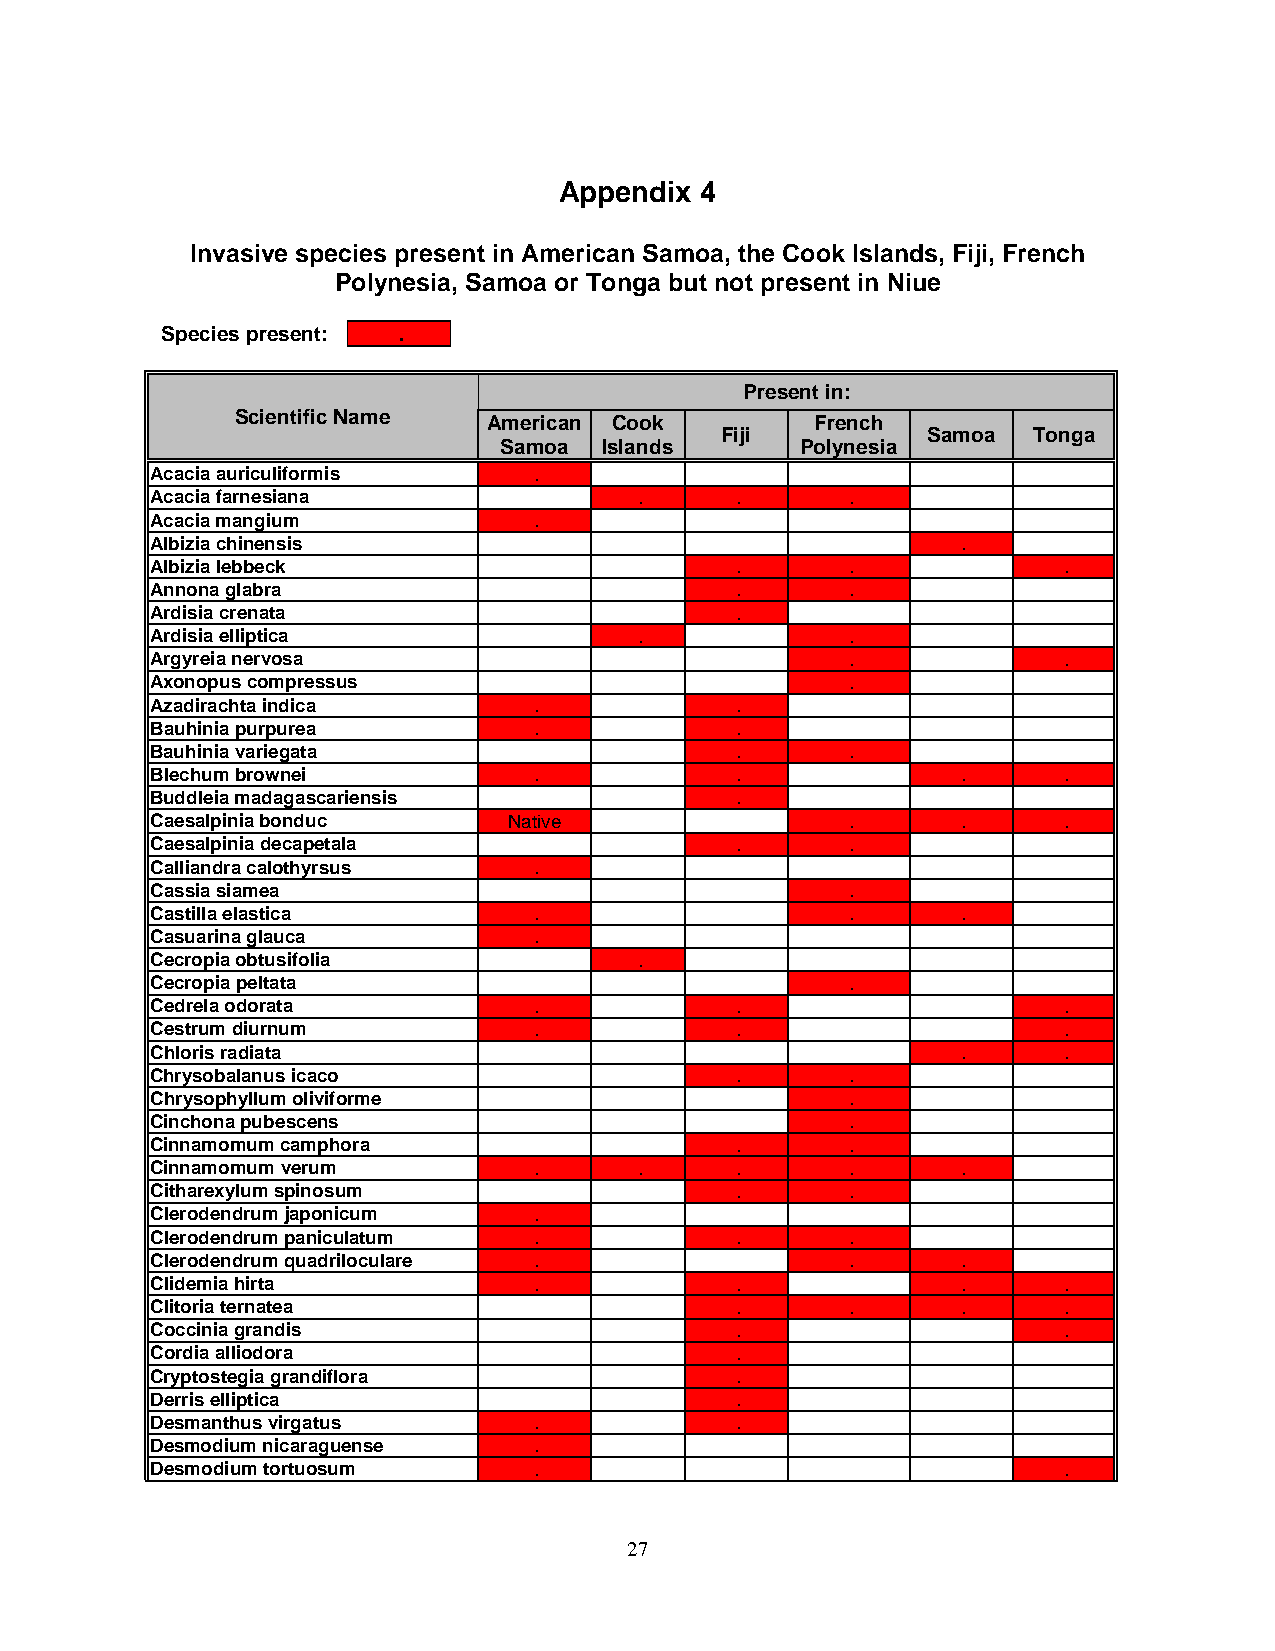
Appendix 4
 Invasive species present in American Samoa, the Cook Islands, Fiji, French
 Polynesia, Samoa or Tonga but not present in Niue
 Species present: .
 Present in:
 Scientific Name American Cook         French
 Fiji         Samoa  Tonga
 Samoa  Islands      Polynesia
 Acacia auriculiformis    .
 Acacia farnesiana               .      .      .
 Acacia mangium           .
 Albizia chinensis                                     .
 Albizia lebbeck                        .      .             .
 Annona glabra                          .      .
 Ardisia crenata                        .
 Ardisia elliptica               .             .
 Argyreia nervosa                              .             .
 Axonopus compressus                           .
 Azadirachta indica       .             .
 Bauhinia purpurea        .             .
 Bauhinia variegata                     .      .
 Blechum brownei          .             .              .     .
 Buddleia madagascariensis              .
 Caesalpinia bonduc      Native                .       .     .
 Caesalpinia decapetala                 .      .
 Calliandra calothyrsus   .
 Cassia siamea                                 .
 Castilla elastica        .                    .       .
 Casuarina glauca         .
 Cecropia obtusifolia            .
 Cecropia peltata                              .
 Cedrela odorata          .             .                    .
 Cestrum diurnum          .             .                    .
 Chloris radiata                                       .     .
 Chrysobalanus icaco                    .      .
 Chrysophyllum oliviforme                      .
 Cinchona pubescens                            .
 Cinnamomum camphora                    .      .
 Cinnamomum verum         .      .      .      .       .
 Citharexylum spinosum                  .      .
 Clerodendrum japonicum   .
 Clerodendrum paniculatum .             .      .
 Clerodendrum quadriloculare .                 .       .
 Clidemia hirta           .             .              .     .
 Clitoria ternatea                      .      .       .     .
 Coccinia grandis                       .                    .
 Cordia alliodora                       .
 Cryptostegia grandiflora               .
 Derris elliptica                       .
 Desmanthus virgatus      .             .
 Desmodium nicaraguense   .
 Desmodium tortuosum      .                                  .
 27